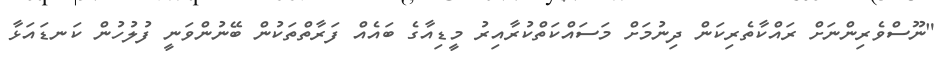
"ނޫސްވެރިންނަށް ރައްކާތެރިކަން ދިނުމަށް މަސައްކަތްކުރާއިރު މީޑިއާގެ ބައެއް ފަރާތްތަކުން ބޭނުންވަނީ ފުލުހުން ކަނޑައަޅާ